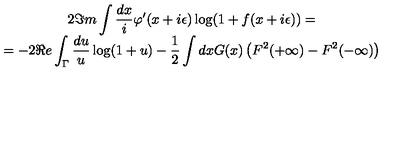
\begin{array} { c } { 2 \Im m \displaystyle \int \displaystyle \frac { d x } { i } \varphi ^ { \prime } ( x + i \epsilon ) \log ( 1 + f ( x + i \epsilon ) ) = } \\ { = - 2 \Re e \displaystyle \int _ { \Gamma } \displaystyle \frac { d u } { u } \log ( 1 + u ) - \displaystyle \frac { 1 } { 2 } \displaystyle \int d x G ( x ) \left( F ^ { 2 } ( + \infty ) - F ^ { 2 } ( - \infty ) \right) } \\ \end{array}